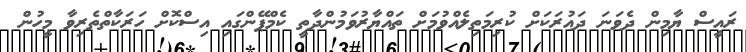
ރައީސް ޔާމިން ދެވަނަ ދައުރަކަށް ކުރިމަތިލެއްވުމަށް ތައްޔާރުވަމުންދާތީ ކެމްޕޭންގައި އިސްކޮށް ހަރަކާތްތެރިވާ މީހުން